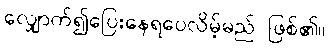
လျှောက်၍ပြေးနေရပေလိမ့်မည် ဖြစ်၏။